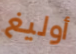
أوليغ